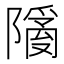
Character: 𬯙